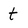
Character: t